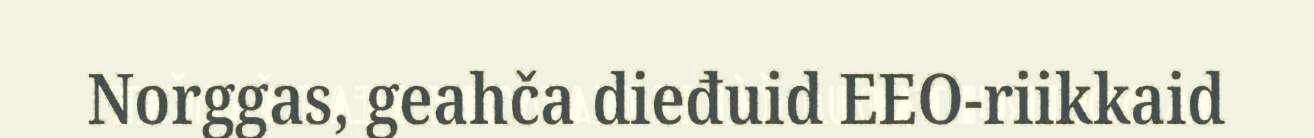
Norggas, geahča dieđuid EEO-riikkaid